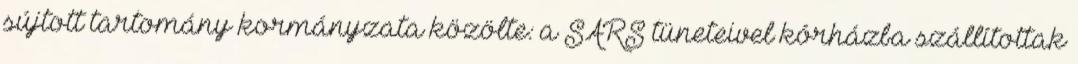
sújtott tartomány kormányzata közölte: a SARS tüneteivel kórházba szállítottak